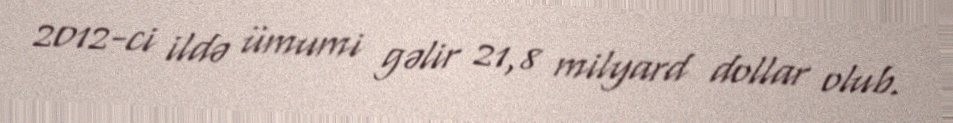
2012-ci ildə ümumi gəlir 21,8 milyard dollar olub.